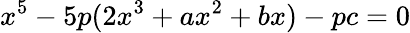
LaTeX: x^{5}-5p(2x^{3}+ax^{2}+bx)-pc=0